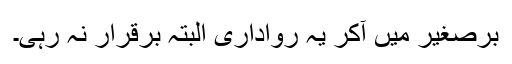
برصغیر میں آکر یہ رواداری البتہ برقرار نہ رہی۔